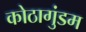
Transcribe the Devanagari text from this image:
कोठागुंडम